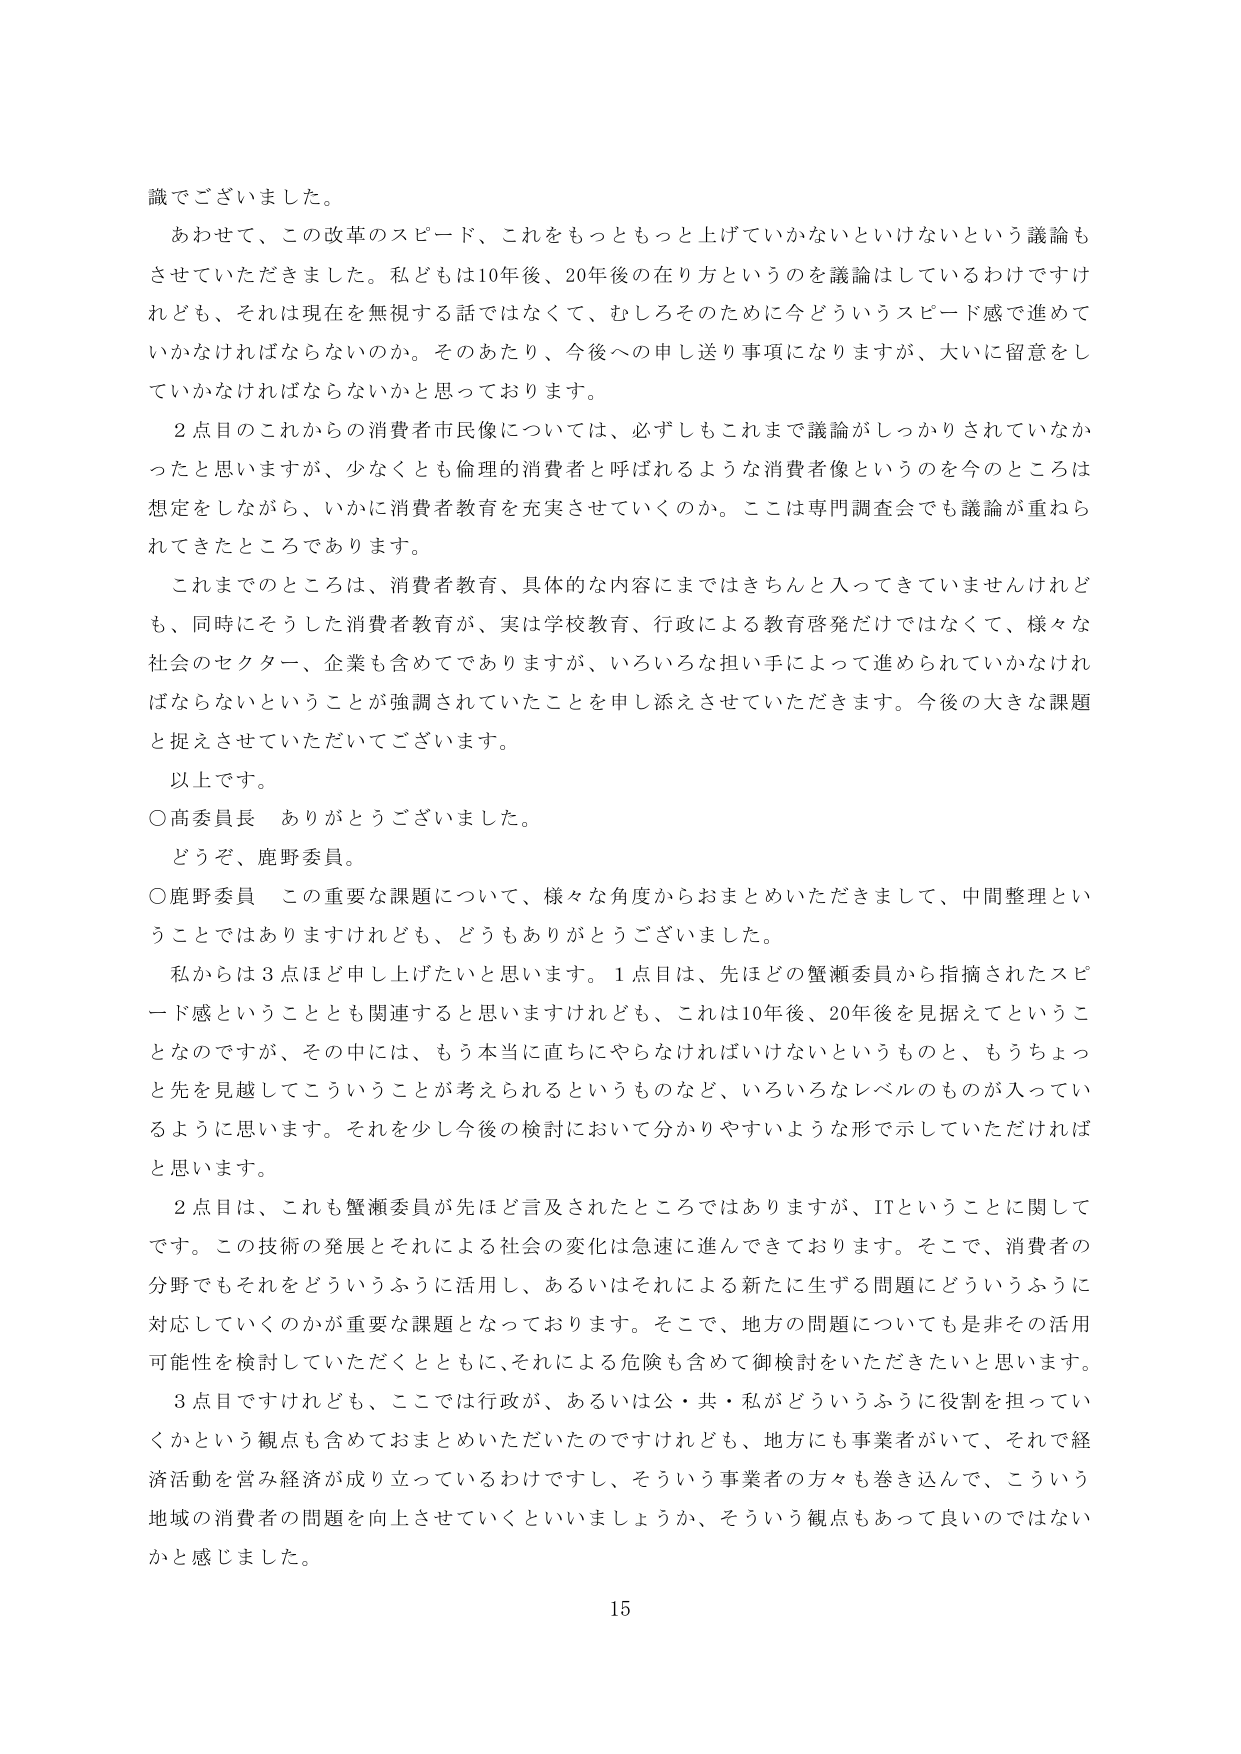
識でございました。

あわせて、この改革のスピード、これをもっともっと上げていかないといけないという議論もさせていただきました。私どもは10年後、20年後の在り方というのを議論はしているわけですが、それは現在を無視する話ではなくて、むしろそのため今どういうスピード感で進めていかなければならないのか。そのあたり、今後への申し送り事項になりますが、大いに留意をしていかなければならないかと思っております。

2点目のこれからの消費者市民像については、必ずしもこれまで議論がしっかりされていなかったと思いますが、少なくとも倫理的消費者と呼ばれるような消費者像というのを今のところは想定をしながら、いかに消費者教育を充実させていくのか。ここは専門調査会でも議論が重ねられてきたところであります。

これまでのところは、消費者教育、具体的な内容にまではきちんと入ってきていませんけれども、同時にそうした消費者教育が、実は学校教育、行政による教育啓発だけではなくて、様々な社会のセクター、企業も含めてでありますが、いろいろな担い手によって進められていかなければならないということが強調されていたことを申し添えさせていただきます。今後の大きな課題と捉えさせていただいてございます。

以上です。

○高委員長　ありがとうございました。

どうぞ、鹿野委員。

○鹿野委員　この重要な課題について、様々な角度からおまとめいただきまして、中間整理ということではありますけれども、どうもありがとうございました。

私からは3点ほど申し上げたいと思います。1点目は、先ほどの蟹瀬委員から指摘されたスピード感ということとも関連すると思いますけれども、これは10年後、20年後を見据えてということなのですが、その中には、もう本当に直ちにやらなければならないというものと、もうちょっと先を見越してこういうことが考えられるというものなど、いろいろなレベルのものが入っているように思います。それを少し今後の検討において分かりやすいような形で示していただければと思います。

2点目は、これも蟹瀬委員が先ほど言及されたところではありますが、ITということに関してです。この技術の発展とそれによる社会の変化は急速に進んできております。そこで、消費者の分野でもそれをどういうふうに活用し、あるいはそれによる新たに生ずる問題にどういうふうに対応していくのかが重要な課題となっております。そこで、地方の問題についても是非その活用可能性を検討していただくとともに、それによる危険も含めて御検討をいただきたいと思います。

3点目ですけれども、ここでは行政が、あるいは公・共・私がどういうふうに役割を担っていくかという観点も含めておまとめいただいたのですけれども、地方にも事業者がいて、それで経済活動を営み経済が成り立っているわけですし、そういう事業者の方々も巻き込んで、こういう地域の消費者の問題を向上させていくといいでしょうか、そういう観点もあって良いのではないかと感じました。

15